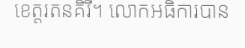
ខេត្តរតនគិរី។ លោកអធិការបាន